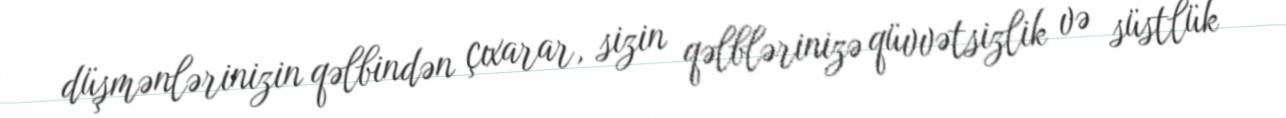
düşmənlərinizin qəlbindən çıxarar, sizin qəlblərinizə qüvvətsizlik və süstlük